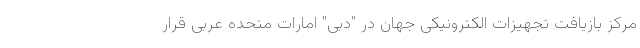
مرکز بازیافت تجهیزات الکترونیکی جهان در "دبی" امارات متحده عربی قرار